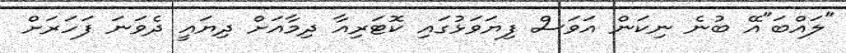
"ލައްބަ"އޭ ބުނެ ނިކަން އަވަސް ފިޔަވަޅުގައި ކޮޓަރިއާ ދިމާއަށް ދިޔައީ ދެވަނަ ފަހަރަށް